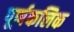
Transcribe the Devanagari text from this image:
पूर्णकलिक